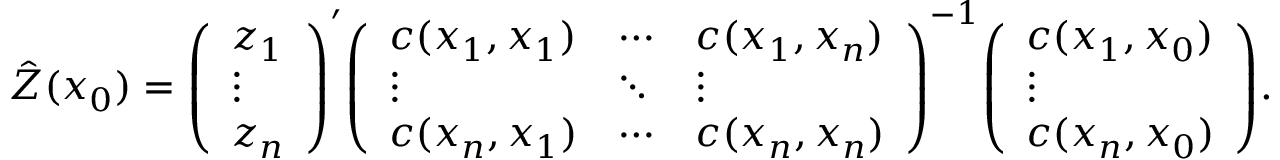
{ \hat { Z } } ( x _ { 0 } ) = { \left( \begin{array} { l } { z _ { 1 } } \\ { \vdots } \\ { z _ { n } } \end{array} \right) } ^ { \prime } { \left( \begin{array} { l l l } { c ( x _ { 1 } , x _ { 1 } ) } & { \cdots } & { c ( x _ { 1 } , x _ { n } ) } \\ { \vdots } & { \ddots } & { \vdots } \\ { c ( x _ { n } , x _ { 1 } ) } & { \cdots } & { c ( x _ { n } , x _ { n } ) } \end{array} \right) } ^ { - 1 } { \left( \begin{array} { l } { c ( x _ { 1 } , x _ { 0 } ) } \\ { \vdots } \\ { c ( x _ { n } , x _ { 0 } ) } \end{array} \right) } .